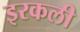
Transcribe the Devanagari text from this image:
इरकली